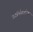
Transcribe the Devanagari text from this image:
स्टॉर्मक्लोक